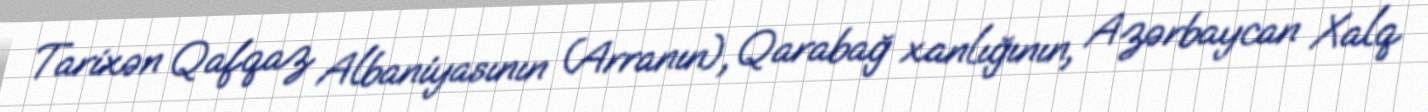
Tarixən Qafqaz Albaniyasının (Arranın), Qarabağ xanlığının, Azərbaycan Xalq